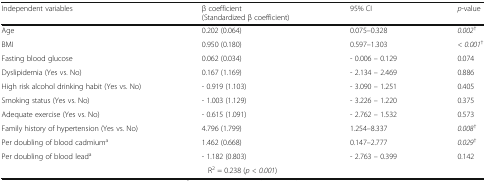
| Independent variables | β coefficient(Standardized β coefficient) | 95% CI | p-value |
 | --- | --- | --- | --- |
 | Age | 0.202 (0.064) | 0.075–0.328 | 0.002† |
 | BMI | 0.950 (0.180) | 0.597–1.303 | < 0.001† |
 | Fasting blood glucose | 0.062 (0.034) | - 0.006 – 0.129 | 0.074 |
 | Dyslipidemia (Yes vs. No) | 0.167 (1.169) | - 2.134 – 2.469 | 0.886 |
 | High risk alcohol drinking habit (Yes vs. No) | - 0.919 (1.103) | - 3.090 – 1.251 | 0.405 |
 | Smoking status (Yes vs. No) | - 1.003 (1.129) | - 3.226 – 1.220 | 0.375 |
 | Adequate exercise (Yes vs. No) | - 0.615 (1.091) | - 2.762 – 1.532 | 0.573 |
 | Family history of hypertension (Yes vs. No) | 4.796 (1.799) | 1.254–8.337 | 0.008† |
 | Per doubling of blood cadmiuma | 1.462 (0.668) | 0.147–2.777 | 0.029† |
 | Per doubling of blood leada | - 1.182 (0.803) | - 2.763 – 0.399 | 0.142 |
 | <COLSPAN=4> R2 = 0.238 (p < 0.001) |